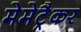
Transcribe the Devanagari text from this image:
मेमेट्रैकर